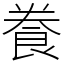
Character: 飬